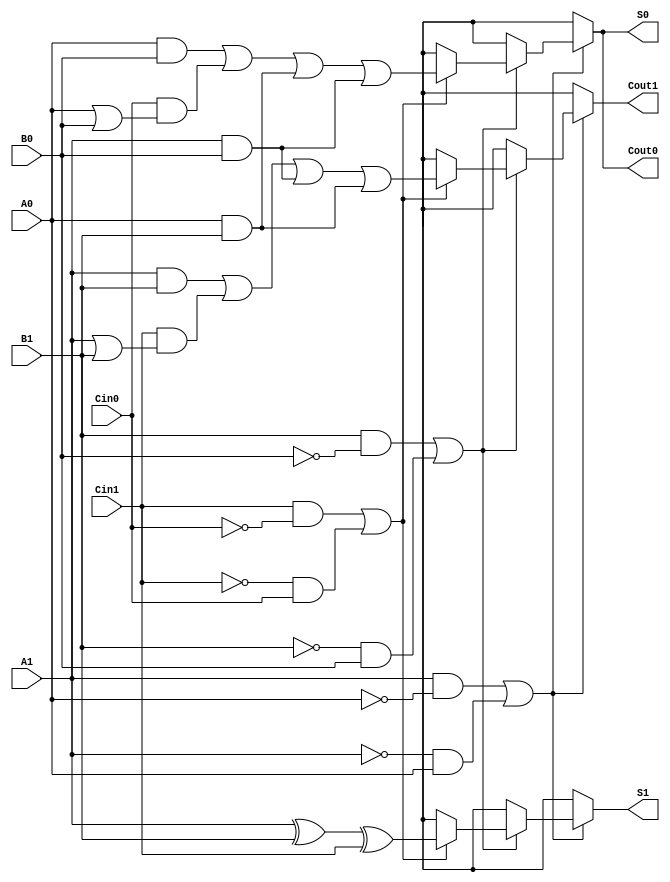
module dual_rail_full_adder (
    input wire A1, A0, // Dual-rail representation of input A
    input wire B1, B0, // Dual-rail representation of input B
    input wire Cin1, Cin0, // Dual-rail representation of carry-in
    output reg S1, S0, // Dual-rail representation of sum output
    output reg Cout1, Cout0 // Dual-rail representation of carry-out output
);

    always @(*) begin
        // Initialize outputs to invalid state
        S1 = 1'bx;
        S0 = 1'bx;
        Cout1 = 1'bx;
        Cout0 = 1'bx;

        // Check for valid states for inputs A, B, and Cin
        if ((A1 && !A0) || (!A1 && A0)) begin // Valid A
            if ((B1 && !B0) || (!B1 && B0)) begin // Valid B
                if ((Cin1 && !Cin0) || (!Cin1 && Cin0)) begin // Valid Cin
                    // Calculate Sum
                    S1 = A1 ^ B1 ^ Cin1;
                    S0 = (A0 & B0) | (Cin0 & (A0 | B0)) | (A0 & B1) | (A1 & B0);

                    // Calculate Carry Out
                    Cout1 = (A1 & B1) | (Cin1 & (A1 | B1)) | (A1 & B0) | (A0 & B1);
                    Cout0 = (A0 & B0) | (Cin0 & (A0 | B0)) | (A0 & B1) | (A1 & B0);
                end
            end
        end
    end

endmodule